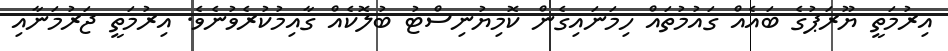
އިރުމަތީ ޔޫރަޕުގެ ބައެއް ގައުމުތައް ހިމަނައިގެން ކޮމިޔުނިސްޓު ބުލޮކެއް ގާއިމުކުރެވުނެވެ. އިރުމަތީ ޖަރުމަނާއި